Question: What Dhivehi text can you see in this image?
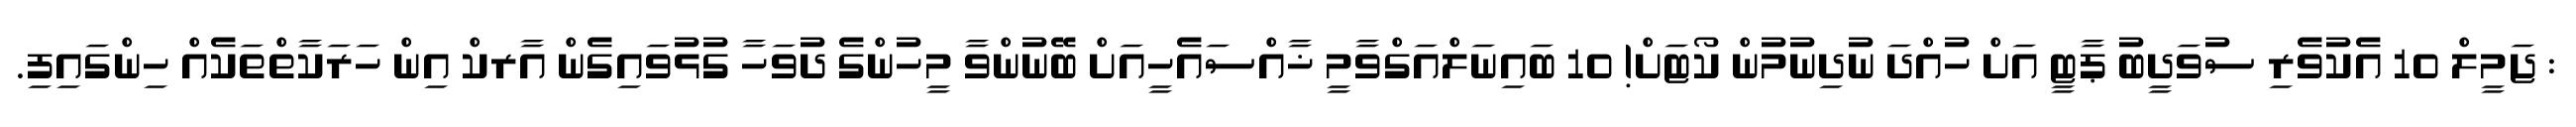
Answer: : ޖަމީލް 10 އެކުވެރި ސުވަދީބު ޕާޓީ އަށް ހުއްދަ ނުދިނުމުން ކޯޓަށް! 10 ބައިނަލްއަގްވާމީ ޚާއްސައެހީއަށް ބޭނުންވާ މީހުންގެ ދުވަހާ ގުޅުވައިގެން އާރކް އިން ހަރަކާތްތަކެއް ހިންގައިފި.